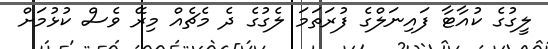
ލީގުގެ ކުއާޓާ ފައިނަލްގެ ފުރަތަމަ ލެގުގެ ދެ މެޗެއް މިރޭ ވެސް ކުޅުމަށް